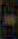
-